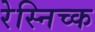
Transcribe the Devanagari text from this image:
रेस्निच्क